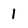
Character: 1